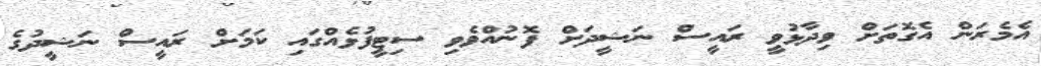
އެމެރަން އެގޮތަށް ވިދާޅުވީ ރައީސް ނަޝީދަށް ފޮނުއްވެވި ސިޓީފުޅެއްގައި ކަމަށް ރައީސް ނަޝީދުގެ